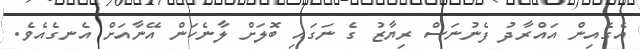
އެގެއިން އައްރާދު ފެނުނަސް ރިޔާޒު ގެ ނަގައި ބޮލަށް ލާނެކަން އޭނާއަށް އެނގެއެވެ.